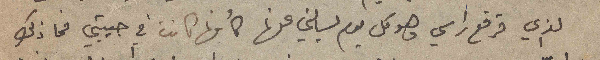
الذي قرقع راسي وهو كل يوم يسألني عنها كأنها كانت في جيبتي فما ذلك